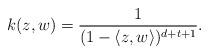
LaTeX: \begin{align*}k(z,w) = \frac{1}{(1-\langle z, w \rangle)^{d+t+1}} .\end{align*}